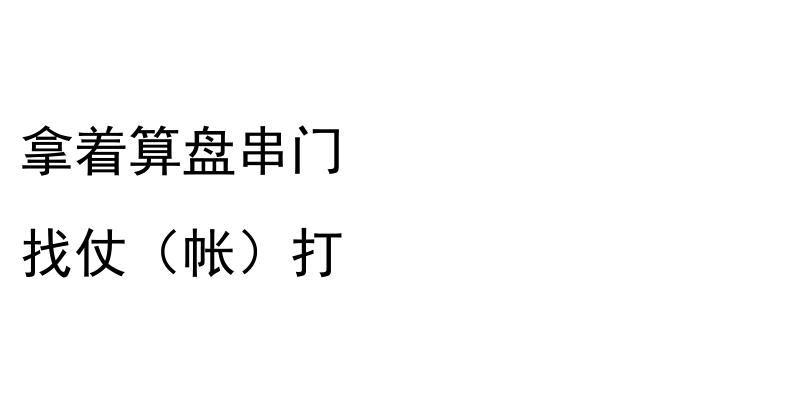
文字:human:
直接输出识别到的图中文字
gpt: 拿着算盘串门 找仗（帐）打